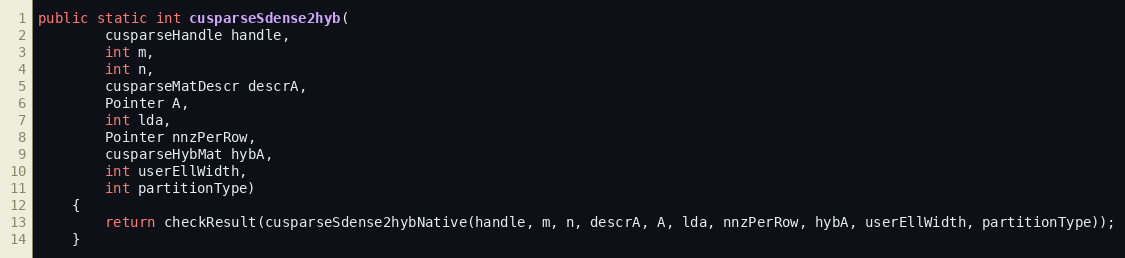
Language: Java
public static int cusparseSdense2hyb(
        cusparseHandle handle,
        int m,
        int n,
        cusparseMatDescr descrA,
        Pointer A,
        int lda,
        Pointer nnzPerRow,
        cusparseHybMat hybA,
        int userEllWidth,
        int partitionType)
    {
        return checkResult(cusparseSdense2hybNative(handle, m, n, descrA, A, lda, nnzPerRow, hybA, userEllWidth, partitionType));
    }